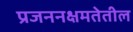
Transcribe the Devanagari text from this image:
प्रजननक्षमतेतील